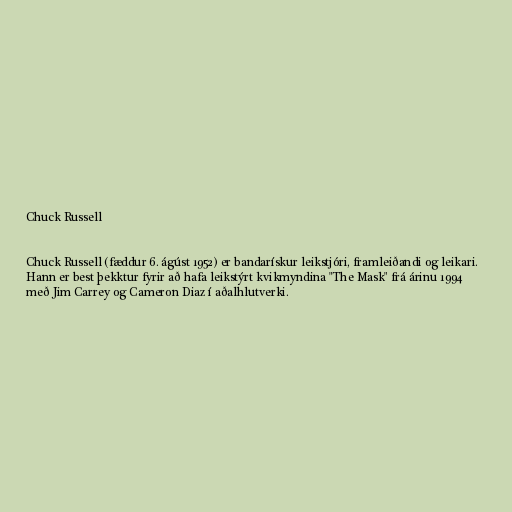
Chuck Russell

Chuck Russell (fæddur 6. ágúst 1952) er bandarískur leikstjóri, framleiðandi og leikari.
Hann er best þekktur fyrir að hafa leikstýrt kvikmyndina "The Mask" frá árinu 1994
með Jim Carrey og Cameron Diaz í aðalhlutverki.